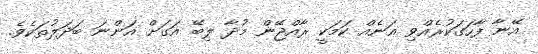
އޭނާ ފާހަގަކުރެއްވި އަނެއް ކަމަކީ ރާއްޖޭން މުދާ ލިބޭ އަގަށް އަންނަ ބަދަލުތަކެވެ.